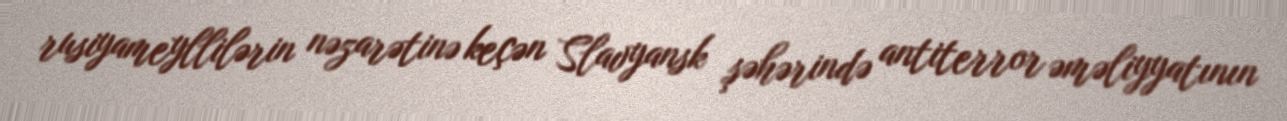
rusiyameyllilərin nəzarətinə keçən Slavyansk şəhərində antiterror əməliyyatının